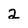
Character: 2